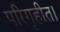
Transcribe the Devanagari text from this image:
परिगृहीत।